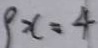
9 x = 4